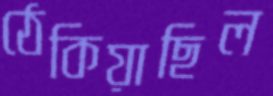
ঠেকিয়াছিল